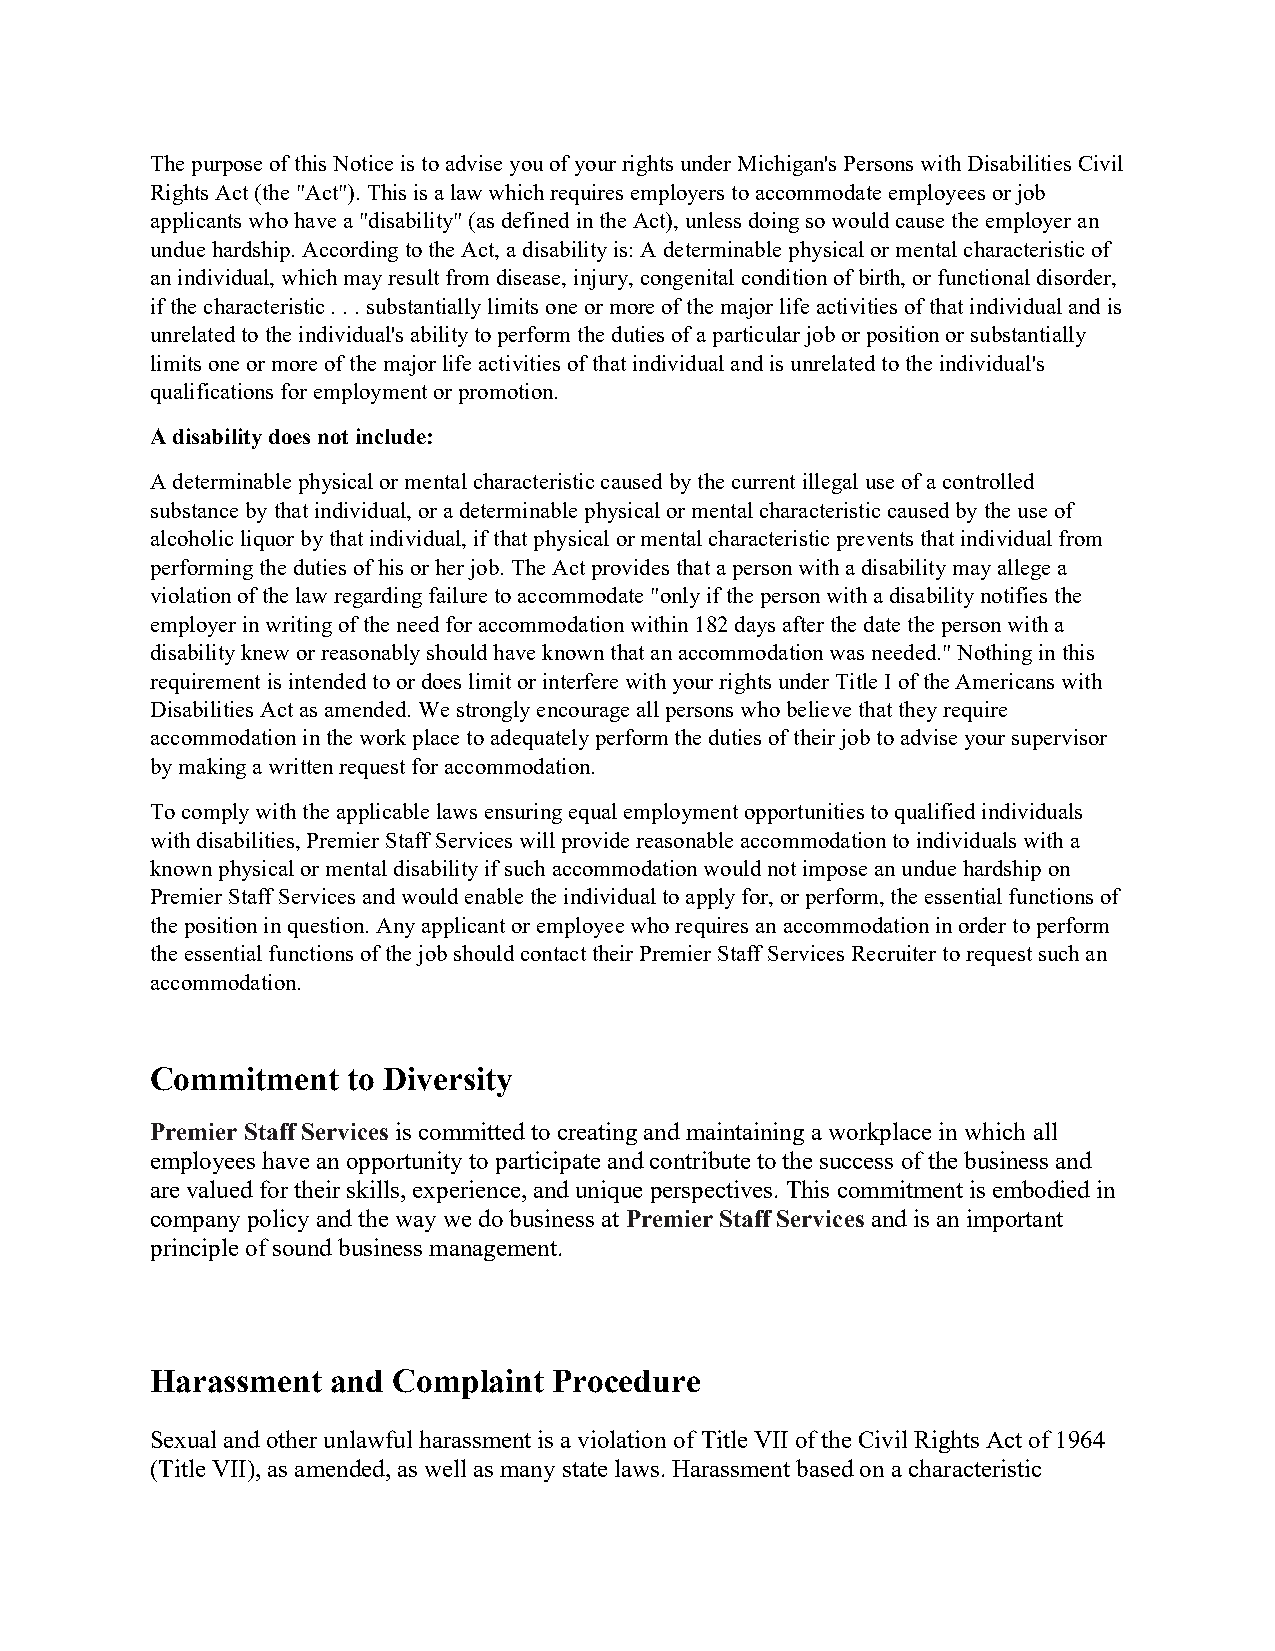
The purpose of this Notice is to advise you of your rights under Michigan's Persons with Disabilities Civil
 Rights Act (the "Act"). This is a law which requires employers to accommodate employees or job
 applicants who have a "disability" (as defined in the Act), unless doing so would cause the employer an
 undue hardship. According to the Act, a disability is: A determinable physical or mental characteristic of
 an individual, which may result from disease, injury, congenital condition of birth, or functional disorder,
 if the characteristic . . . substantially limits one or more of the major life activities of that individual and is
 unrelated to the individual's ability to perform the duties of a particular job or position or substantially
 limits one or more of the major life activities of that individual and is unrelated to the individual's
 qualifications for employment or promotion.
 A disability does not include:
 A determinable physical or mental characteristic caused by the current illegal use of a controlled
 substance by that individual, or a determinable physical or mental characteristic caused by the use of
 alcoholic liquor by that individual, if that physical or mental characteristic prevents that individual from
 performing the duties of his or her job. The Act provides that a person with a disability may allege a
 violation of the law regarding failure to accommodate "only if the person with a disability notifies the
 employer in writing of the need for accommodation within 182 days after the date the person with a
 disability knew or reasonably should have known that an accommodation was needed." Nothing in this
 requirement is intended to or does limit or interfere with your rights under Title I of the Americans with
 Disabilities Act as amended. We strongly encourage all persons who believe that they require
 accommodation in the work place to adequately perform the duties of their job to advise your supervisor
 by making a written request for accommodation.
 To comply with the applicable laws ensuring equal employment opportunities to qualified individuals
 with disabilities, Premier Staff Services will provide reasonable accommodation to individuals with a
 known physical or mental disability if such accommodation would not impose an undue hardship on
 Premier Staff Services and would enable the individual to apply for, or perform, the essential functions of
 the position in question. Any applicant or employee who requires an accommodation in order to perform
 the essential functions of the job should contact their Premier Staff Services Recruiter to request such an
 accommodation.
 Commitment   to Diversity
 Premier Staff Services is committed to creating and maintaining a workplace in which all
 employees have an opportunity to participate and contribute to the success of the business and
 are valued for their skills, experience, and unique perspectives. This commitment is embodied in
 company policy and the way we do business at Premier Staff Services and is an important
 principle of sound business management.
 Harassment  and Complaint  Procedure
 Sexual and other unlawful harassment is a violation of Title VII of the Civil Rights Act of 1964
 (Title VII), as amended, as well as many state laws. Harassment based on a characteristic